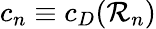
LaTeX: c_{n}\equiv c_{D}({\cal R}_{n})